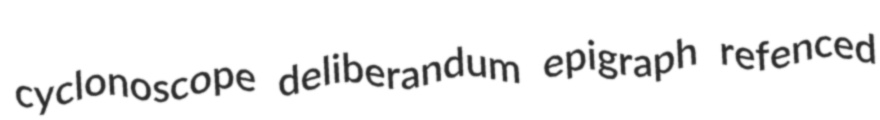
cyclonoscope deliberandum epigraph refenced